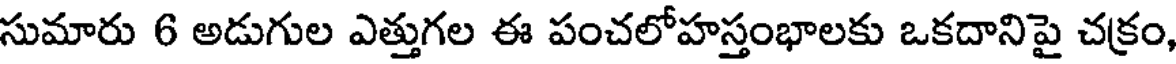
సుమారు 6 అడుగుల ఎత్తుగల ఈ పంచలోహస్తంభాలకు ఒకదానిపై చక్రం,